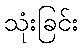
သုံးခြင်း